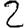
Digit: 2